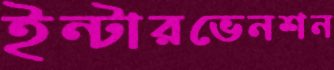
ইন্টারভেনশন